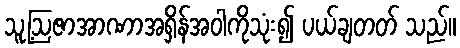
သူ့ဩဇာအာဏာအရှိန်အဝါကိုသုံး၍ ပယ်ချတတ် သည်။